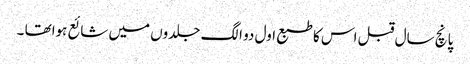
پانچ سال قبل اس کا طبع اول دو الگ جلدوں میں شائع ہواتھا ۔